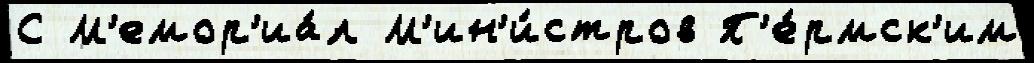
С М'емор'иа́л М'ин'и́стров П'е́рмск'им